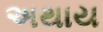
અથાય